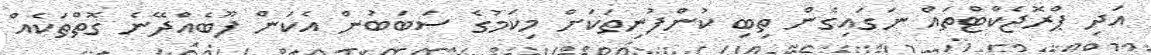
އަދި ޕްރޮޖެކްޓްތައް ނަގައިގެން ތިބި ކުންފުނިތަކަށް މިކަމުގެ ސަބަބުން އެކަން ފޫބެއްދޭނެ ގޮތްތަކެއް